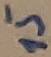
Text: 15